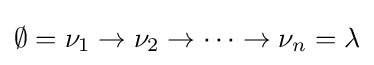
\emptyset =\nu _{1}\to \nu _{2}\to \dots \to \nu _{n}=\lambda